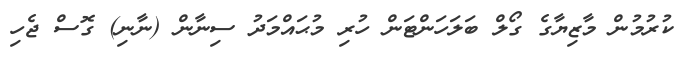
ކުރުމުން މާޒިޔާގެ ގޯލް ބަލަހަންޓަން ހުރި މުޙައްމަދު ސިނާން (ނާނި) ގޮސް ޖެހި